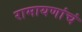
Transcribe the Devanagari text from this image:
रामायणांचं